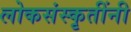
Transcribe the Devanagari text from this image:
लोकसंस्कृतींनी